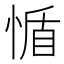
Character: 𢝺